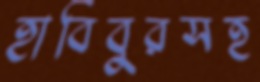
হাবিবুরসহ